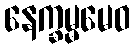
နေက္ခမ္မမေဝ